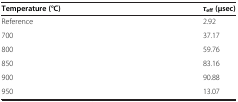
<table><thead><tr><td><b>Temperature (°C)</b></td><td><b><i>τ</i><sub>eff </sub>(μsec)</b></td></tr></thead><tbody><tr><td>Reference</td><td>2.92</td></tr><tr><td>700</td><td>37.17</td></tr><tr><td>800</td><td>59.76</td></tr><tr><td>850</td><td>83.16</td></tr><tr><td>900</td><td>90.88</td></tr><tr><td>950</td><td>13.07</td></tr></tbody></table>